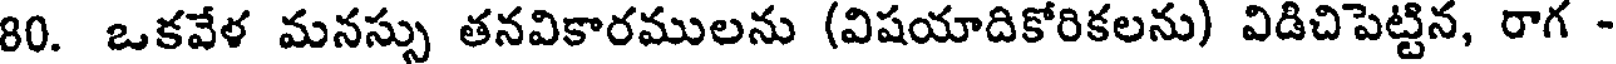
80. ఒకవేళ మనస్సు తనవికారములను (విషయాదికోరికలను) విడిచిపెట్టిన, రాగ -